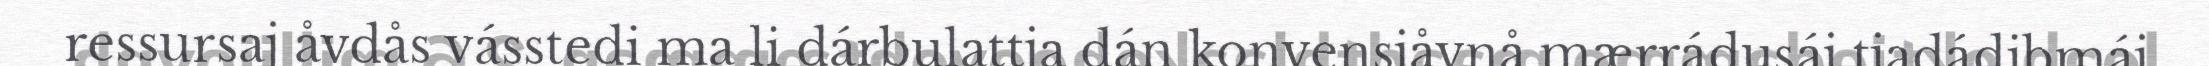
ressursaj åvdås vásstedi ma li dárbulattja dán konvensjåvnå mærrádusáj tjadádibmáj.